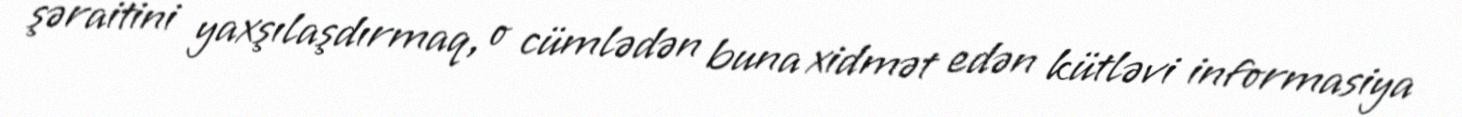
şəraitini yaxşılaşdırmaq, o cümlədən buna xidmət edən kütləvi informasiya